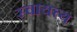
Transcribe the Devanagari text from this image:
स्वायत्त्य